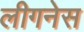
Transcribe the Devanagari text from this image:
लीगनेस